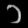
Digit: ၁